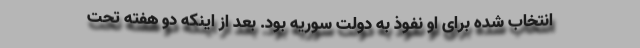
انتخاب شده برای او نفوذ به دولت سوریه بود. بعد از اینکه دو هفته تحت